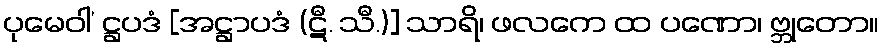
ပုမေဝါ’ ဋ္ဌပဒံ [အဋ္ဌာပဒံ (ဋီ. သီ.)] သာရိ၊ ဖလကေ ထ ပဏော၊ ဗ္ဘုတော။